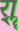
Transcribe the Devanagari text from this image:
र्‍ाॣ